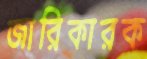
জারিকারক